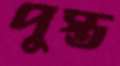
পুস্ত